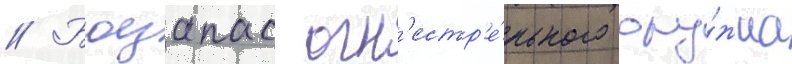
// Боезапас огн'естр'е́льного ору́жиа